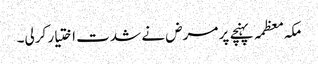
مکہ معظمہ پہنچے پر مرض نے شدت اختیار کرلی۔